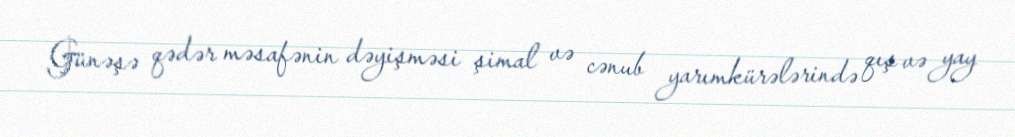
Günəşə qədər məsafənin dəyişməsi şimal və cənub yarımkürələrində qış və yay